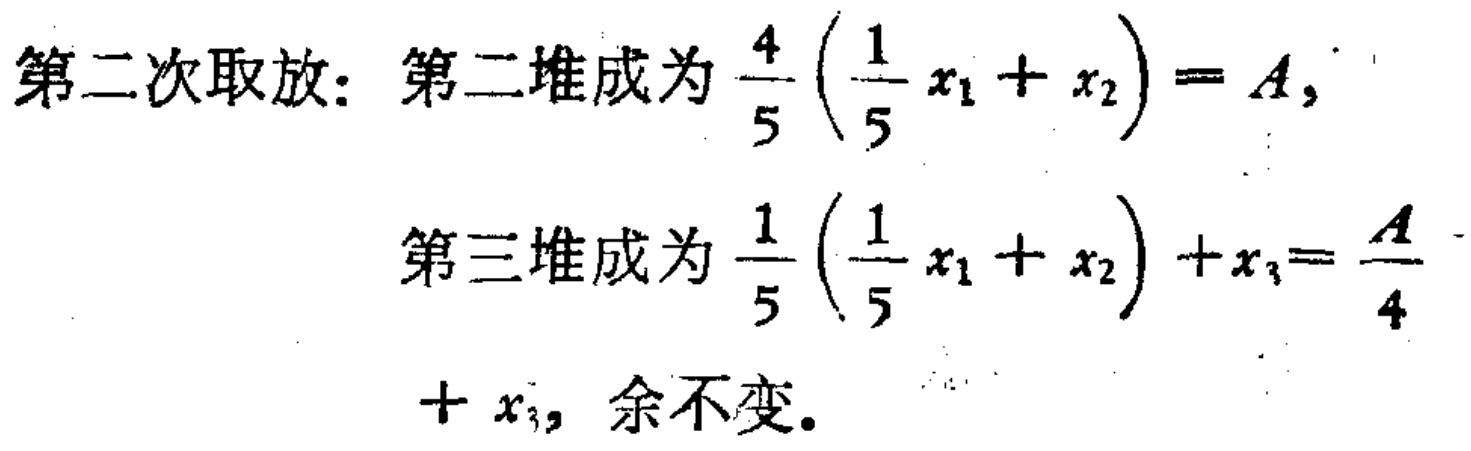
第二次取放：第二堆成为 \(\frac{4}{5}\left(\frac{1}{5}x_1 + x_2\right)=A,\)
第三堆成为 \(\frac{1}{5}\left(\frac{1}{5}x_1 + x_2\right)+x_3=\frac{A}{4}+x_3\)，余不变。